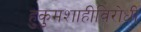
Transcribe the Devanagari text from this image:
हुकुमशाहीविरोधी